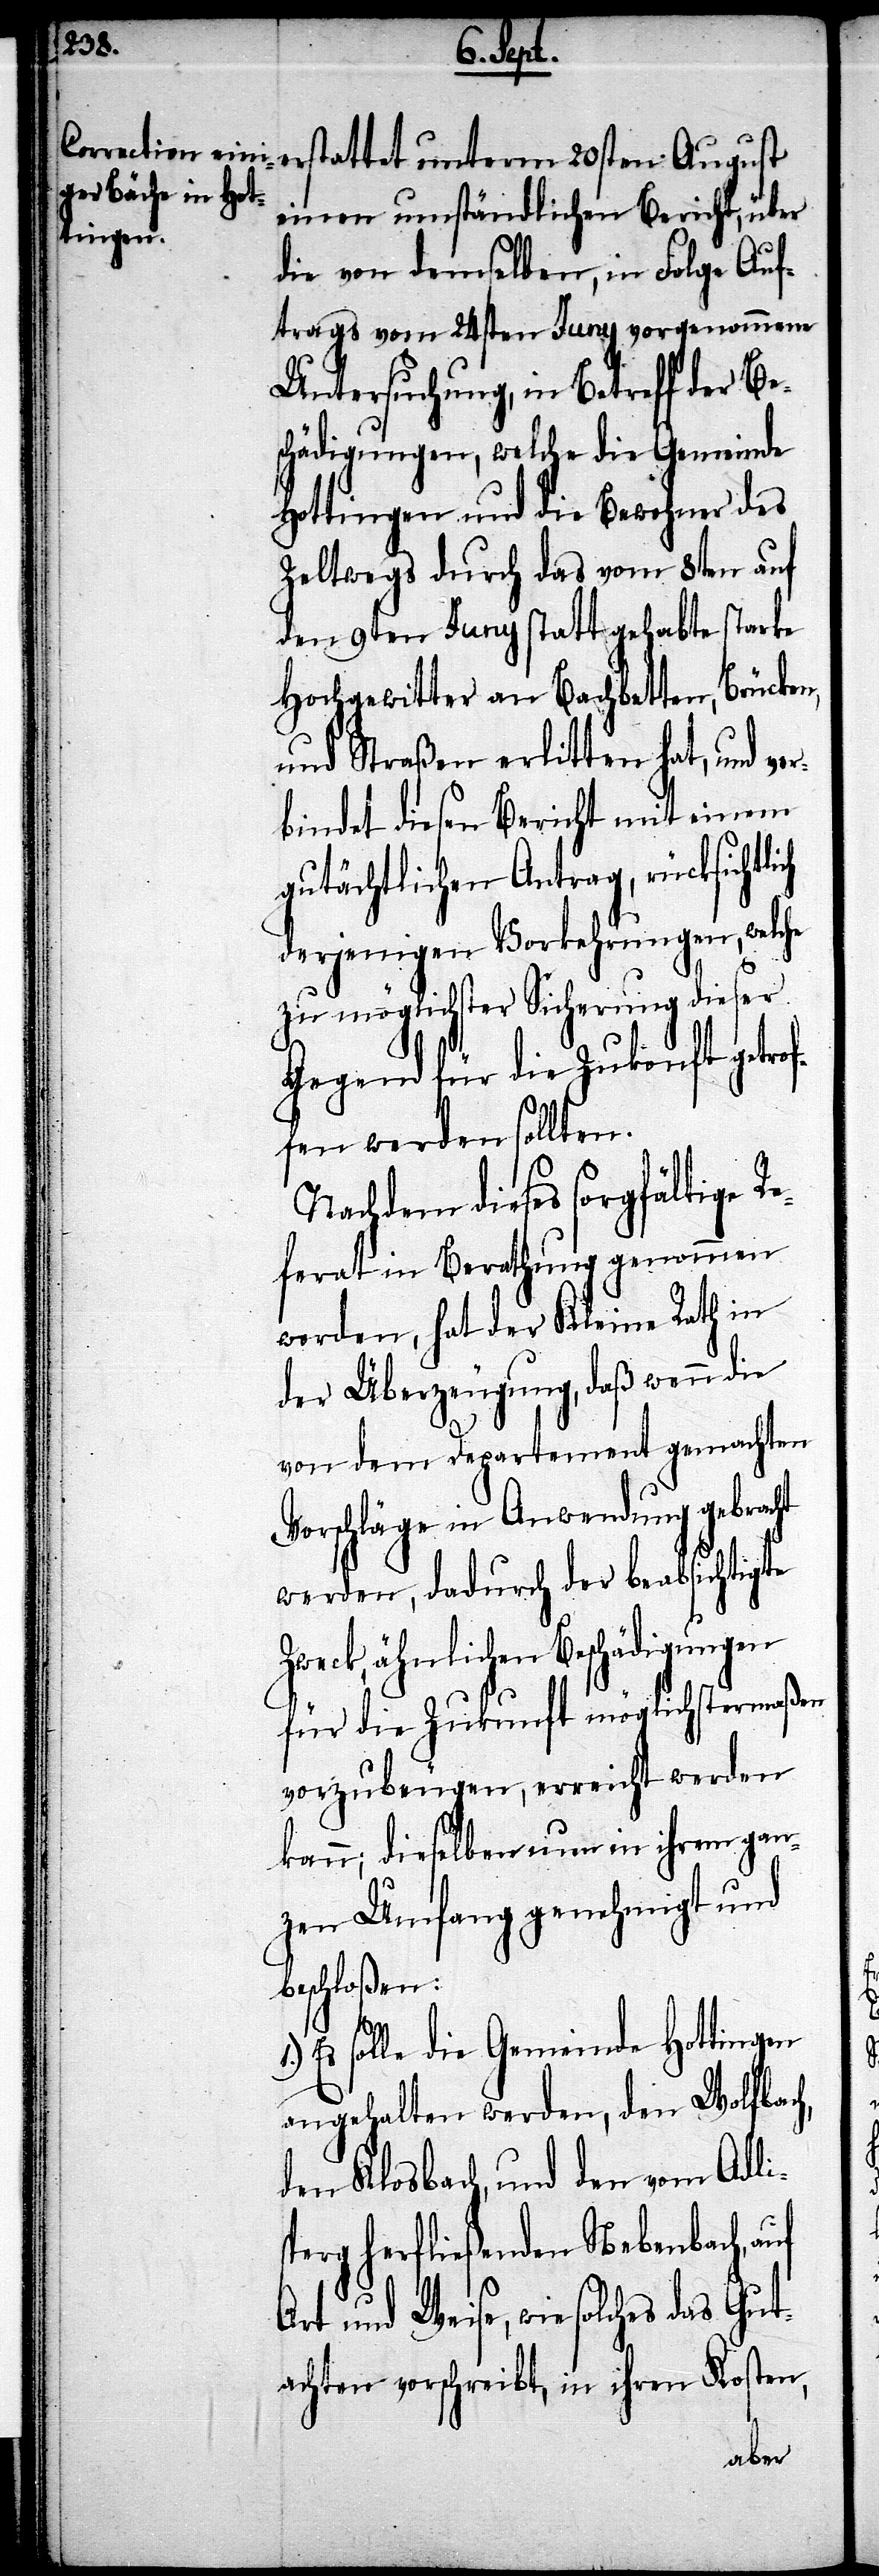
einen umständlichen Bericht, über
die von demselben, in Folge Auf¬
trags vom 24sten Juny vorgenommene
Untersuchung, in Betreff der Be¬
schädigungen, welche die Gemeinde
Hottingen und die Bewohner des
Zeltwegs durch das vom 8ten auf
den 9ten Juny statt gehabte starke
Hochgewitter an Bachbetten, Brücken,
und Straßen erlitten hat, und ver¬
bindet diesen Bericht mit einem
gutächtlichen Antrag, rücksichtli¬
derjenigen Vorkehrungen, welche
zu möglichster Sicherung dieser
Gegend für die Zukonft getro¬
ffen werden sollten.
Nachdem dieses sorgfältige R¬
eferat in Berathung genommen
werden, hat der Kleine Rath in
der Überzeugung, daß wenn die
von dem Departement gemachten
Vorschläge in Anwendung gebracht
werden, dadurch der beabsichtigte
Zweck, ähnlichen Beschädigungen
für die Zukunft möglichstermaßen
vorzubeugen, erreicht werden
kann; dieselben nun in ihrem gan¬
zen Umfang genehmigt und
beschloßen:
Es solle die Gemeinde Hottingen
angehalten werden, den Wolfbach,
den Klosbach, und den vom Adlis¬
perg herfließenden Nebenbach, auf
Art und Weise, wie solches das Gut¬
achten vorschreibt, in ihren Kosten,
ch